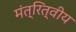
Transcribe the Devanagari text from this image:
मंत्रित्वीय